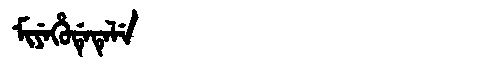
Manchu: ᠮᡳᠶᡝᡥᡠᡩᡝᡨᡝᠯᡝ
Romanization: MIYEHUDETELE